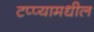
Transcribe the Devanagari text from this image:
टप्प्यामधील